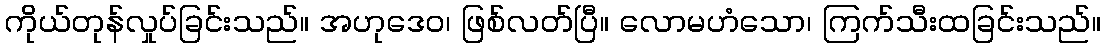
ကိုယ်တုန်လှုပ်ခြင်းသည်။ အဟုဒေဝ၊ ဖြစ်လတ်ပြီ။ လောမဟံသော၊ ကြက်သီးထခြင်းသည်။